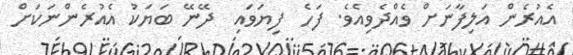
އެއުރެން އަލިފާނަށް ވެއްދެވިއެވެ. ފަހެ  ފިޔަވައި  ދޭނޭ ބަޔަކު އެއުރެންނަކަށް